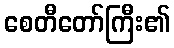
စေတီတော်ကြီး၏